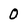
Character: 0